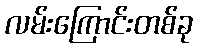
လမ်းကြောင်းတစ်ခု